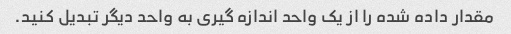
مقدار داده شده را از یک واحد اندازه گیری به واحد دیگر تبدیل کنید.